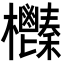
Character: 𣡎